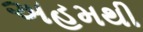
અહમથી